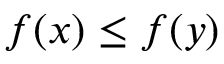
f ( x ) \leq f ( y )